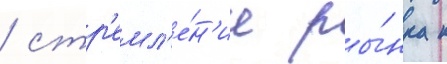
/ стр'емл'е́н'ие ры́нка к